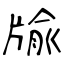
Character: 牏